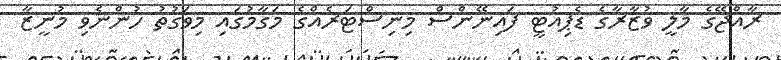
ރާއްޖޭގެ މާލީ ވުޒާރާގެ ޑެޕިއުޓީ ފައިނޭންސް މިނިސްޓަރެއްގެ މަގާމުގައި މިވަގުތު ހުންނެވި މުނީޒާ